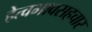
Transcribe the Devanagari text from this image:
हेत्वभावसहचार